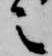
之